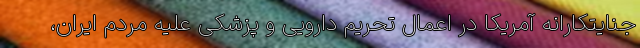
جنایتکارانه آمریکا در اعمال تحریم دارویی و پزشکی علیه مردم ایران،